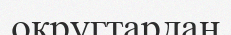
округтардан